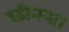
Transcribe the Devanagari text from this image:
छीनना।